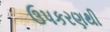
ઉપકરણથી